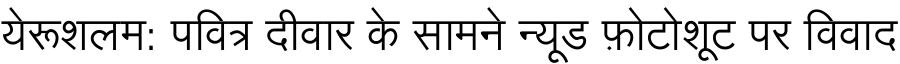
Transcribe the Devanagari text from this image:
येरूशलम: पवित्र दीवार के सामने न्यूड फ़ोटोशूट पर विवाद